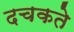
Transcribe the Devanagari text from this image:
दचकते